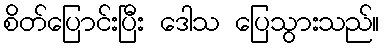
စိတ်ပြောင်းပြီး ဒေါသ ပြေသွားသည်။